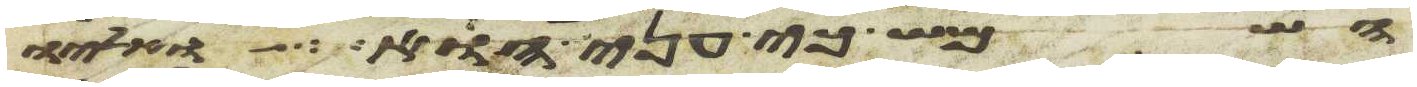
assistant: השמש כי עני הוא ואליו